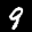
Label: 9